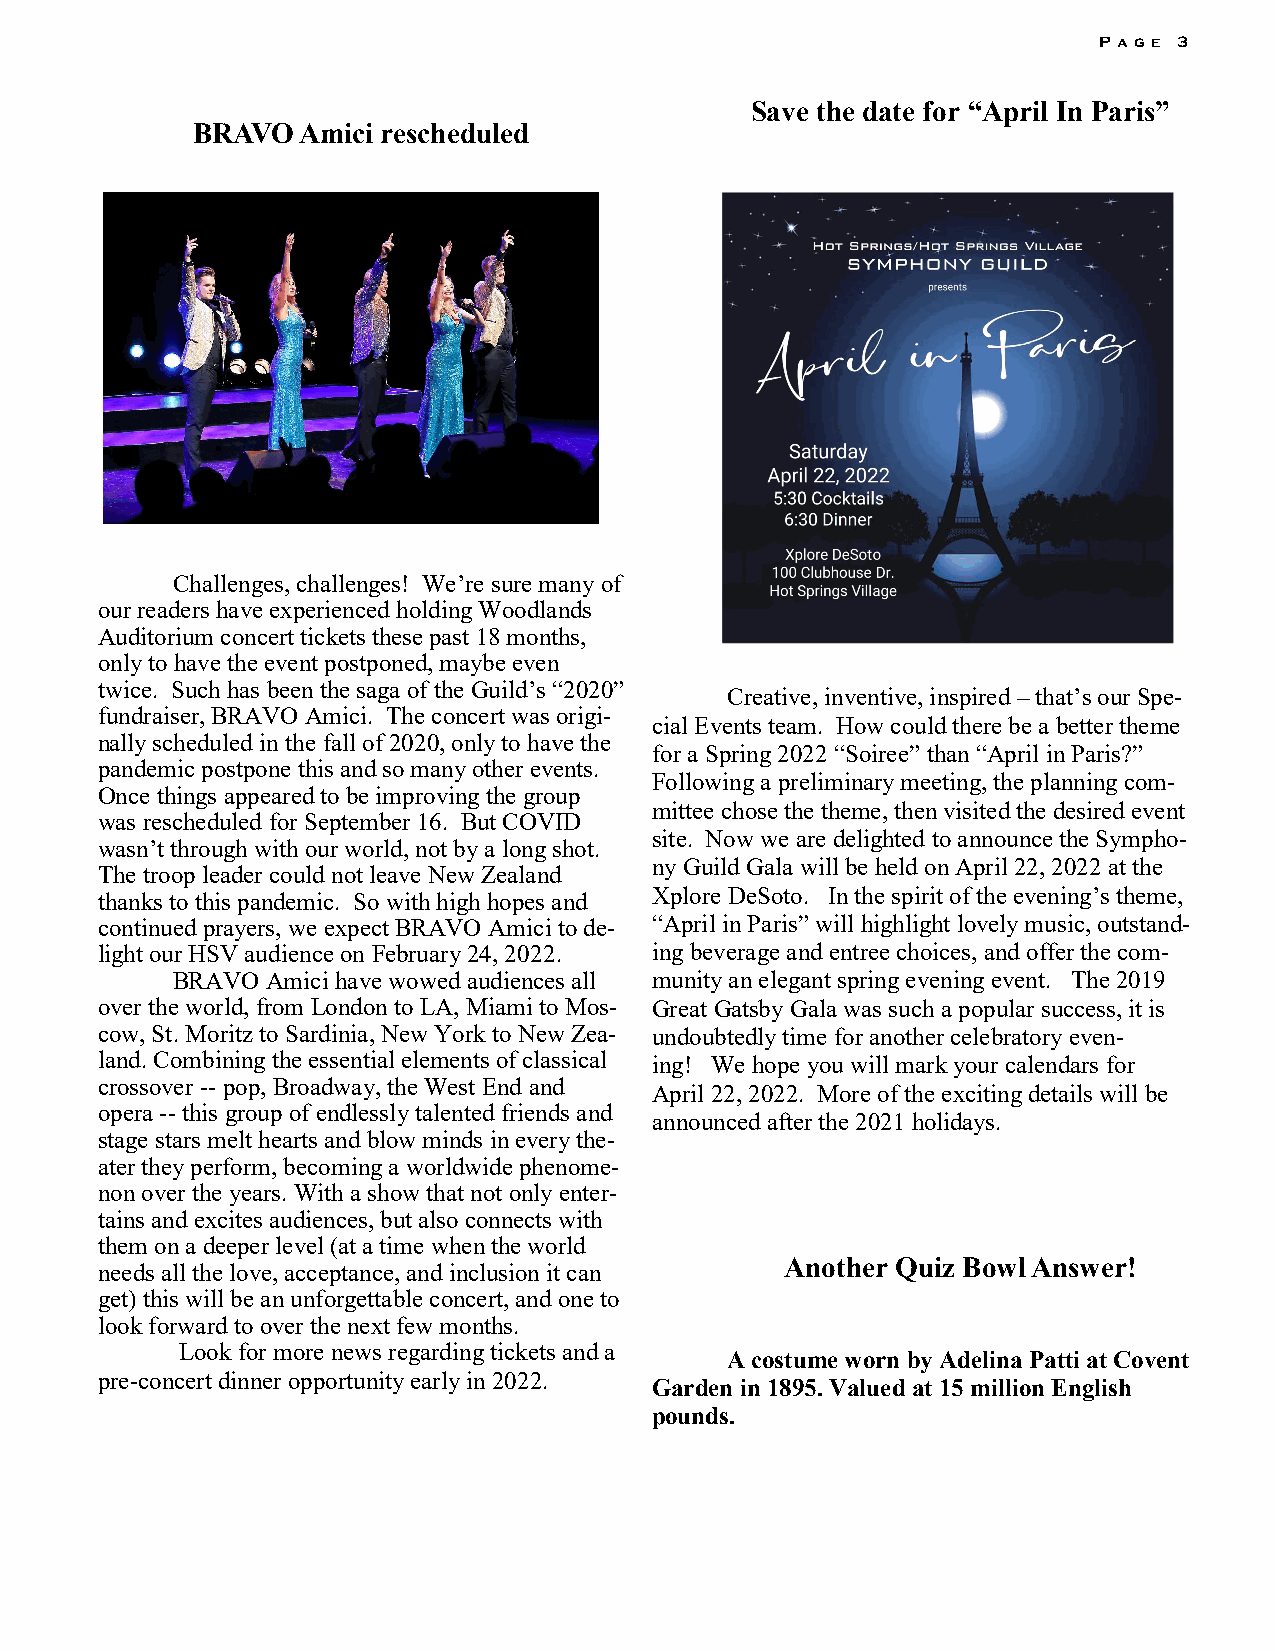
Pa ge 3
 Save the date for “April In Paris”
 BRAVO  Amici rescheduled
 Challenges, challenges! We’re sure many of
 our readers have experienced holding Woodlands
 Auditorium concert tickets these past 18 months,
 only to have the event postponed, maybe even
 twice. Such has been the saga of the Guild’s “2020”
 Creative, inventive, inspired – that’s our Spe-
 fundraiser, BRAVO Amici. The concert was origi-
 cial Events team. How could there be a better theme
 nally scheduled in the fall of 2020, only to have the
 for a Spring 2022 “Soiree” than “April in Paris?”
 pandemic postpone this and so many other events.
 Following a preliminary meeting, the planning com-
 Once things appeared to be improving the group
 mittee chose the theme, then visited the desired event
 was rescheduled for September 16. But COVID
 site. Now we are delighted to announce the Sympho-
 wasn’t through with our world, not by a long shot.
 ny Guild Gala will be held on April 22, 2022 at the
 The troop leader could not leave New Zealand
 thanks to this pandemic. So with high hopes and Xplore DeSoto. In the spirit of the evening’s theme,
 continued prayers, we expect BRAVO Amici to de- “April in Paris” will highlight lovely music, outstand-
 light our HSV audience on February 24, 2022. ing beverage and entree choices, and offer the com-
 BRAVO  Amici have wowed audiences all munity an elegant spring evening event. The 2019
 over the world, from London to LA, Miami to Mos- Great Gatsby Gala was such a popular success, it is
 cow, St. Moritz to Sardinia, New York to New Zea- undoubtedly time for another celebratory even-
 land. Combining the essential elements of classical ing! We hope you will mark your calendars for
 crossover -- pop, Broadway, the West End and
 April 22, 2022. More of the exciting details will be
 opera -- this group of endlessly talented friends and
 announced after the 2021 holidays.
 stage stars melt hearts and blow minds in every the-
 ater they perform, becoming a worldwide phenome-
 non over the years. With a show that not only enter-
 tains and excites audiences, but also connects with
 them on a deeper level (at a time when the world
 Another Quiz Bowl Answer!
 needs all the love, acceptance, and inclusion it can
 get) this will be an unforgettable concert, and one to
 look forward to over the next few months.
 Look for more news regarding tickets and a
 A costume worn by Adelina Patti at Covent
 pre-concert dinner opportunity early in 2022.
 Garden in 1895. Valued at 15 million English
 pounds.